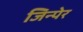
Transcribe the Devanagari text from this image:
जिन्पेर